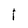
Character: I